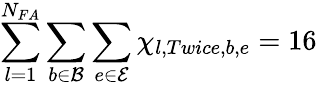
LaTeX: \sum_{l=1}^{N_{FA}}\sum_{b\in\mathcal{B}}\sum_{e\in\mathcal{E}}\chi_{l,Twice,b,e}=16